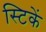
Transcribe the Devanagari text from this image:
स्टिकें